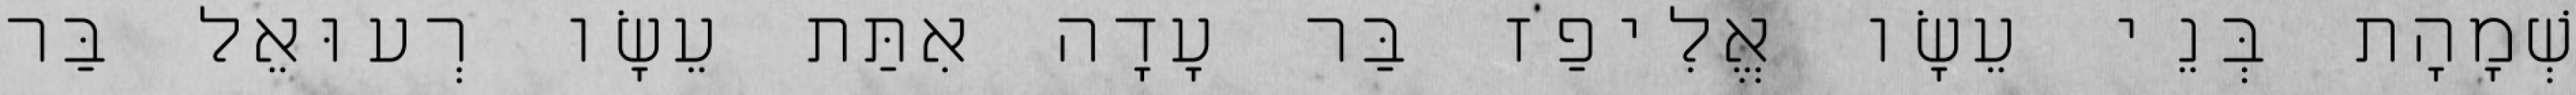
שְׁמָהָת בְּנֵי עֵשָׂו אֱלִיפַז בַּר עָדָה אִתַּת עֵשָׂו רְעוּאֵל בַּר